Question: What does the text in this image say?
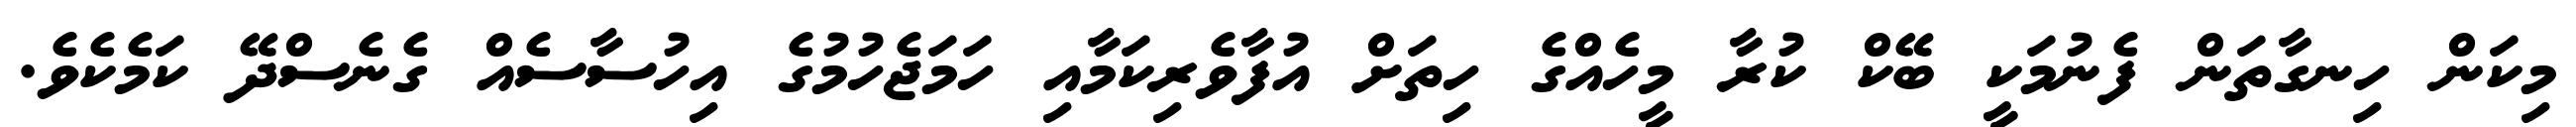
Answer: މިކަން ހިނގާތަން ފެނުމަކީ ބޭކް ކުރާ މީހެއްގެ ހިތަށް އުފާވެރިކަމާއި ހަމަޖެހުމުގެ އިހުސާސެއް ގެނެސްދޭ ކަމެކެވެ.